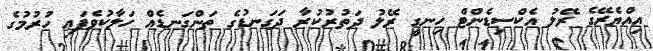
އިއްޔެރޭގެ ރޭލު އެކްސިޑެންޓް ހިނގީ ރޭލު ދަތުރުކުރާ ދަގަނޑުގެ ތަންގަނޑެއް ހަލާކުވެފައި ހުރުމުގެ